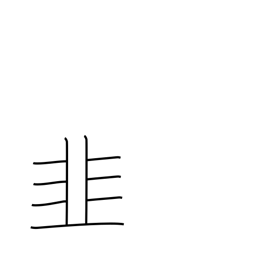
Meaning: leek radical (no. 179)